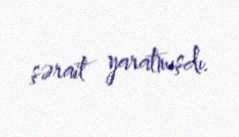
şərait yaratmışdı.